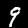
Digit: 9